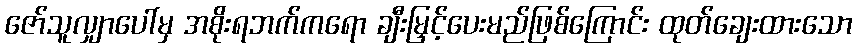
ဇော်သူလျှာပေါ်မှ အစိုးရဘက်ကရော ချီးမြှင့်ပေးမည်ဖြစ်ကြောင်း ထုတ်ချေးထားသော